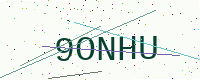
Text: 9ONHU